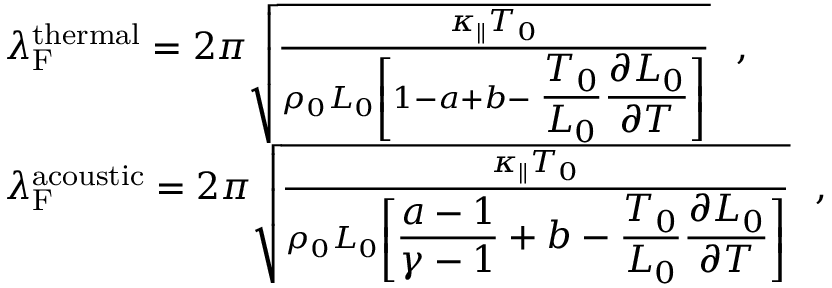
\begin{array} { r l } & { \lambda _ { \mathrm { F } } ^ { \mathrm { t h e r m a l } } = 2 \pi \sqrt { \frac { \kappa _ { \parallel } T _ { 0 } } { \rho _ { 0 } { \cal L } _ { 0 } \left[ 1 - a + b - \displaystyle \frac { T _ { 0 } } { { \cal L } _ { 0 } } \frac { \partial { \cal L } _ { 0 } } { \partial T } \right] } } \mathrm { \ \ } , } \\ & { \lambda _ { \mathrm { F } } ^ { \mathrm { a c o u s t i c } } = 2 \pi \sqrt { \frac { \kappa _ { \parallel } T _ { 0 } } { \rho _ { 0 } { \cal L } _ { 0 } \left[ \displaystyle \frac { a - 1 } { \gamma - 1 } + b - \displaystyle \frac { T _ { 0 } } { { \cal L } _ { 0 } } \frac { \partial { \cal L } _ { 0 } } { \partial T } \right] } } \mathrm { \ \ } , } \end{array}